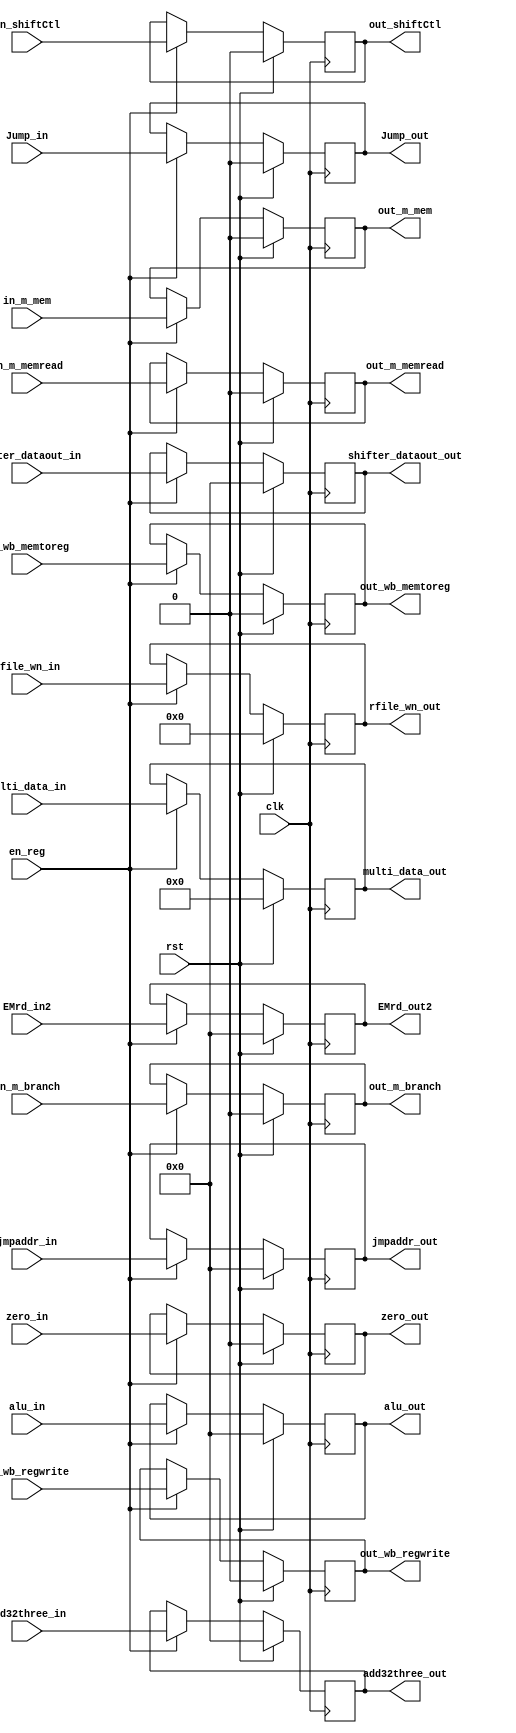
module ex_mem (  clk, rst, en_reg, add32three_in, add32three_out, zero_in, zero_out, alu_in, alu_out,EMrd_out2, EMrd_in2, rfile_wn_in, rfile_wn_out, 
                 in_shiftCtl, out_shiftCtl, 
                 in_wb_regwrite, in_wb_memtoreg, in_m_branch, in_m_memread, in_m_mem,
                 out_wb_regwrite, out_wb_memtoreg, out_m_branch, Jump_in, Jump_out, out_m_memread, out_m_mem, jmpaddr_in, jmpaddr_out, multi_data_in, multi_data_out, 
                 shifter_dataout_in, shifter_dataout_out );
    input clk, rst, en_reg, zero_in;
	input[4:0] rfile_wn_in ;
    input[31:0] add32three_in, alu_in, EMrd_in2;
    output[31:0] alu_out, add32three_out , EMrd_out2;
	output[4:0]  rfile_wn_out ;
	output zero_out ;
    reg [31:0] alu_out, add32three_out, EMrd_out2;
    reg[4:0]  rfile_wn_out ;
	reg zero_out ;
	
	input[31:0] jmpaddr_in ;
	output[31:0] jmpaddr_out ;
	reg[31:0] jmpaddr_out ;
	
	input[63:0] multi_data_in ;
	output[63:0] multi_data_out ;
	reg[63:0] multi_data_out ;
	
	input[31:0] shifter_dataout_in ;
	output[31:0] shifter_dataout_out ;
	reg[31:0] shifter_dataout_out ;
	
	// control port
	input in_wb_regwrite, in_wb_memtoreg, in_m_branch, in_m_memread, in_m_mem, Jump_in, in_shiftCtl ;
	output out_wb_regwrite, out_wb_memtoreg, out_m_branch, out_m_memread, out_m_mem, Jump_out, out_shiftCtl;
	reg out_wb_regwrite, out_wb_memtoreg, out_m_branch, out_m_memread, out_m_mem, Jump_out, out_shiftCtl ;
	
	always @( posedge clk ) begin
        if ( rst )
			shifter_dataout_out <= 32'b0;
        else if ( en_reg )
			shifter_dataout_out <= shifter_dataout_in;
    end
	
	always @( posedge clk ) begin
        if ( rst )
			multi_data_out <= 64'b0;
        else if ( en_reg )
			multi_data_out <= multi_data_in;
    end
	
	always @( posedge clk ) begin
        if ( rst )
			jmpaddr_out <= 31'b0;
        else if ( en_reg )
			jmpaddr_out <= jmpaddr_in;
    end
	
   
    always @( posedge clk ) begin
        if ( rst )
			zero_out <= 32'b0;
        else if ( en_reg )
			zero_out <= zero_in;
    end
	
	always @( posedge clk ) begin
        if ( rst )
			rfile_wn_out <= 32'b0;
        else if ( en_reg )
			rfile_wn_out <= rfile_wn_in;
    end
   
    always @( posedge clk ) begin
        if ( rst )
			alu_out <= 32'b0;
        else if ( en_reg )
			alu_out <= alu_in;
    end
    always @( posedge clk ) begin
        if ( rst )
			add32three_out <= 32'b0;
	else if ( en_reg )
			add32three_out <= add32three_in;
    end
    always @( posedge clk ) begin
        if ( rst )
			EMrd_out2 <= 32'b0;
        else if ( en_reg )
			EMrd_out2 <= EMrd_in2;
    end
	
	// == control reg
	
	always @( posedge clk ) begin
        if ( rst )
			out_wb_regwrite <= 1'b0;
        else if ( en_reg )
			out_wb_regwrite <= in_wb_regwrite;
    end
	
	always @( posedge clk ) begin
        if ( rst )
			out_wb_memtoreg <= 1'b0;
        else if ( en_reg )
			out_wb_memtoreg <= in_wb_memtoreg;
    end
	
	always @( posedge clk ) begin
        if ( rst )
			out_m_branch <= 1'b0;
        else if ( en_reg )
			out_m_branch <= in_m_branch;
    end
	
	always @( posedge clk ) begin
        if ( rst )
			out_m_memread <= 1'b0;
        else if ( en_reg )
			out_m_memread <= in_m_memread;
    end
	
	always @( posedge clk ) begin
        if ( rst )
			out_m_mem <= 1'b0;
        else if ( en_reg )
			out_m_mem <= in_m_mem;
    end	
	
	always @( posedge clk ) begin
        if ( rst )
			Jump_out <= 1'b0;
        else if ( en_reg )
			Jump_out <= Jump_in;
    end	
	
	always @( posedge clk ) begin
        if ( rst )
			out_shiftCtl <= 1'b0;
        else if ( en_reg )
			out_shiftCtl <= in_shiftCtl;
    end	
endmodule